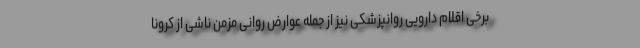
برخی اقلام دارویی روانپزشکی نیز از جمله عوارض روانی مزمن ناشی از کرونا